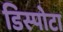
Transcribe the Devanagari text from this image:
डिस्पोटा